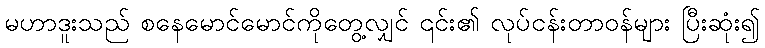
မဟာဒူးသည် စနေမောင်မောင်ကိုတွေ့လျှင် ၎င်း၏ လုပ်ငန်းတာဝန်များ ပြီးဆုံး၍